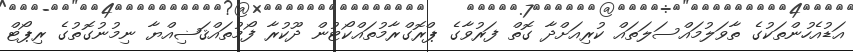
އަޑުއެހުންތަކުގެ ތާވަލުމައްސަލަތައް ކުރިއަށްދާ ގޮތް ފަރުވާގެ ޕްރޮގްރާމުތައްކޯޓުން ދޫކުރާ ފޯމުތައްޤަޟިއްޔާ ނިމުނުގޮތުގެ ރިޕޯޓް